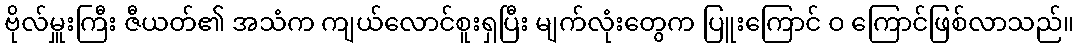
ဗိုလ်မှူးကြီး ဇီယတ်၏ အသံက ကျယ်လောင်စူးရှပြီး မျက်လုံးတွေက ပြူးကြောင် ဝ ကြောင်ဖြစ်လာသည်။